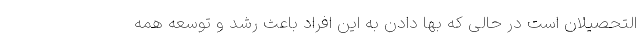
التحصیلان است در حالی که بها دادن به این افراد باعث رشد و توسعه همه